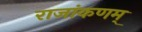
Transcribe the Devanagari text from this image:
राजांकणम्